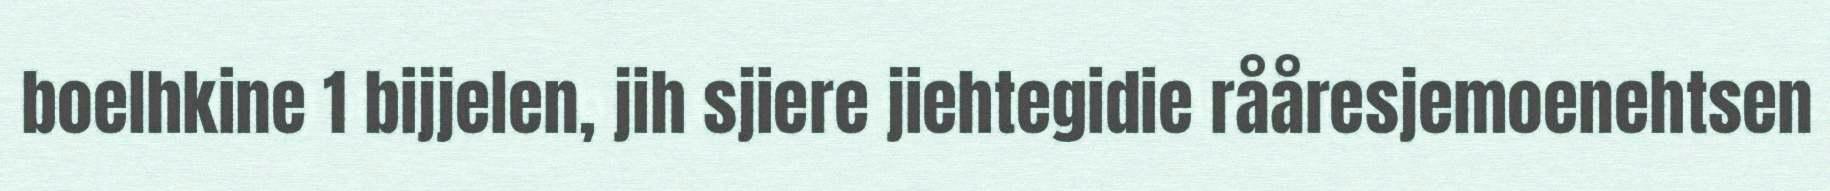
boelhkine 1 bijjelen, jih sjiere jiehtegidie rååresjemoenehtsen